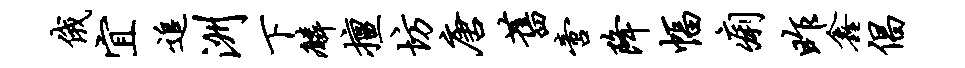
俄宜追洲下麟擅坊唐旧啻降幅痢昨鑫倡